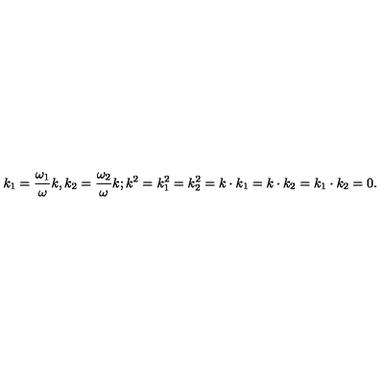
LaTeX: k _ { 1 } = { \frac { \omega _ { 1 } } { \omega } } k , k _ { 2 } = { \frac { \omega _ { 2 } } { \omega } } k ; k ^ { 2 } = k _ { 1 } ^ { 2 } = k _ { 2 } ^ { 2 } = k \cdot k _ { 1 } = k \cdot k _ { 2 } = k _ { 1 } \cdot k _ { 2 } = 0 .